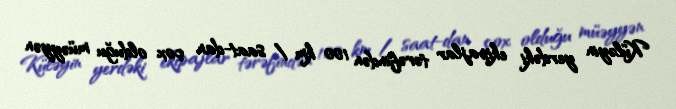
Küləyin yerdəki ekipajlar tərəfindən 100 km / saat-dan çox olduğu müəyyən